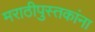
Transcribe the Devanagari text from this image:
मराठीपुस्तकांना